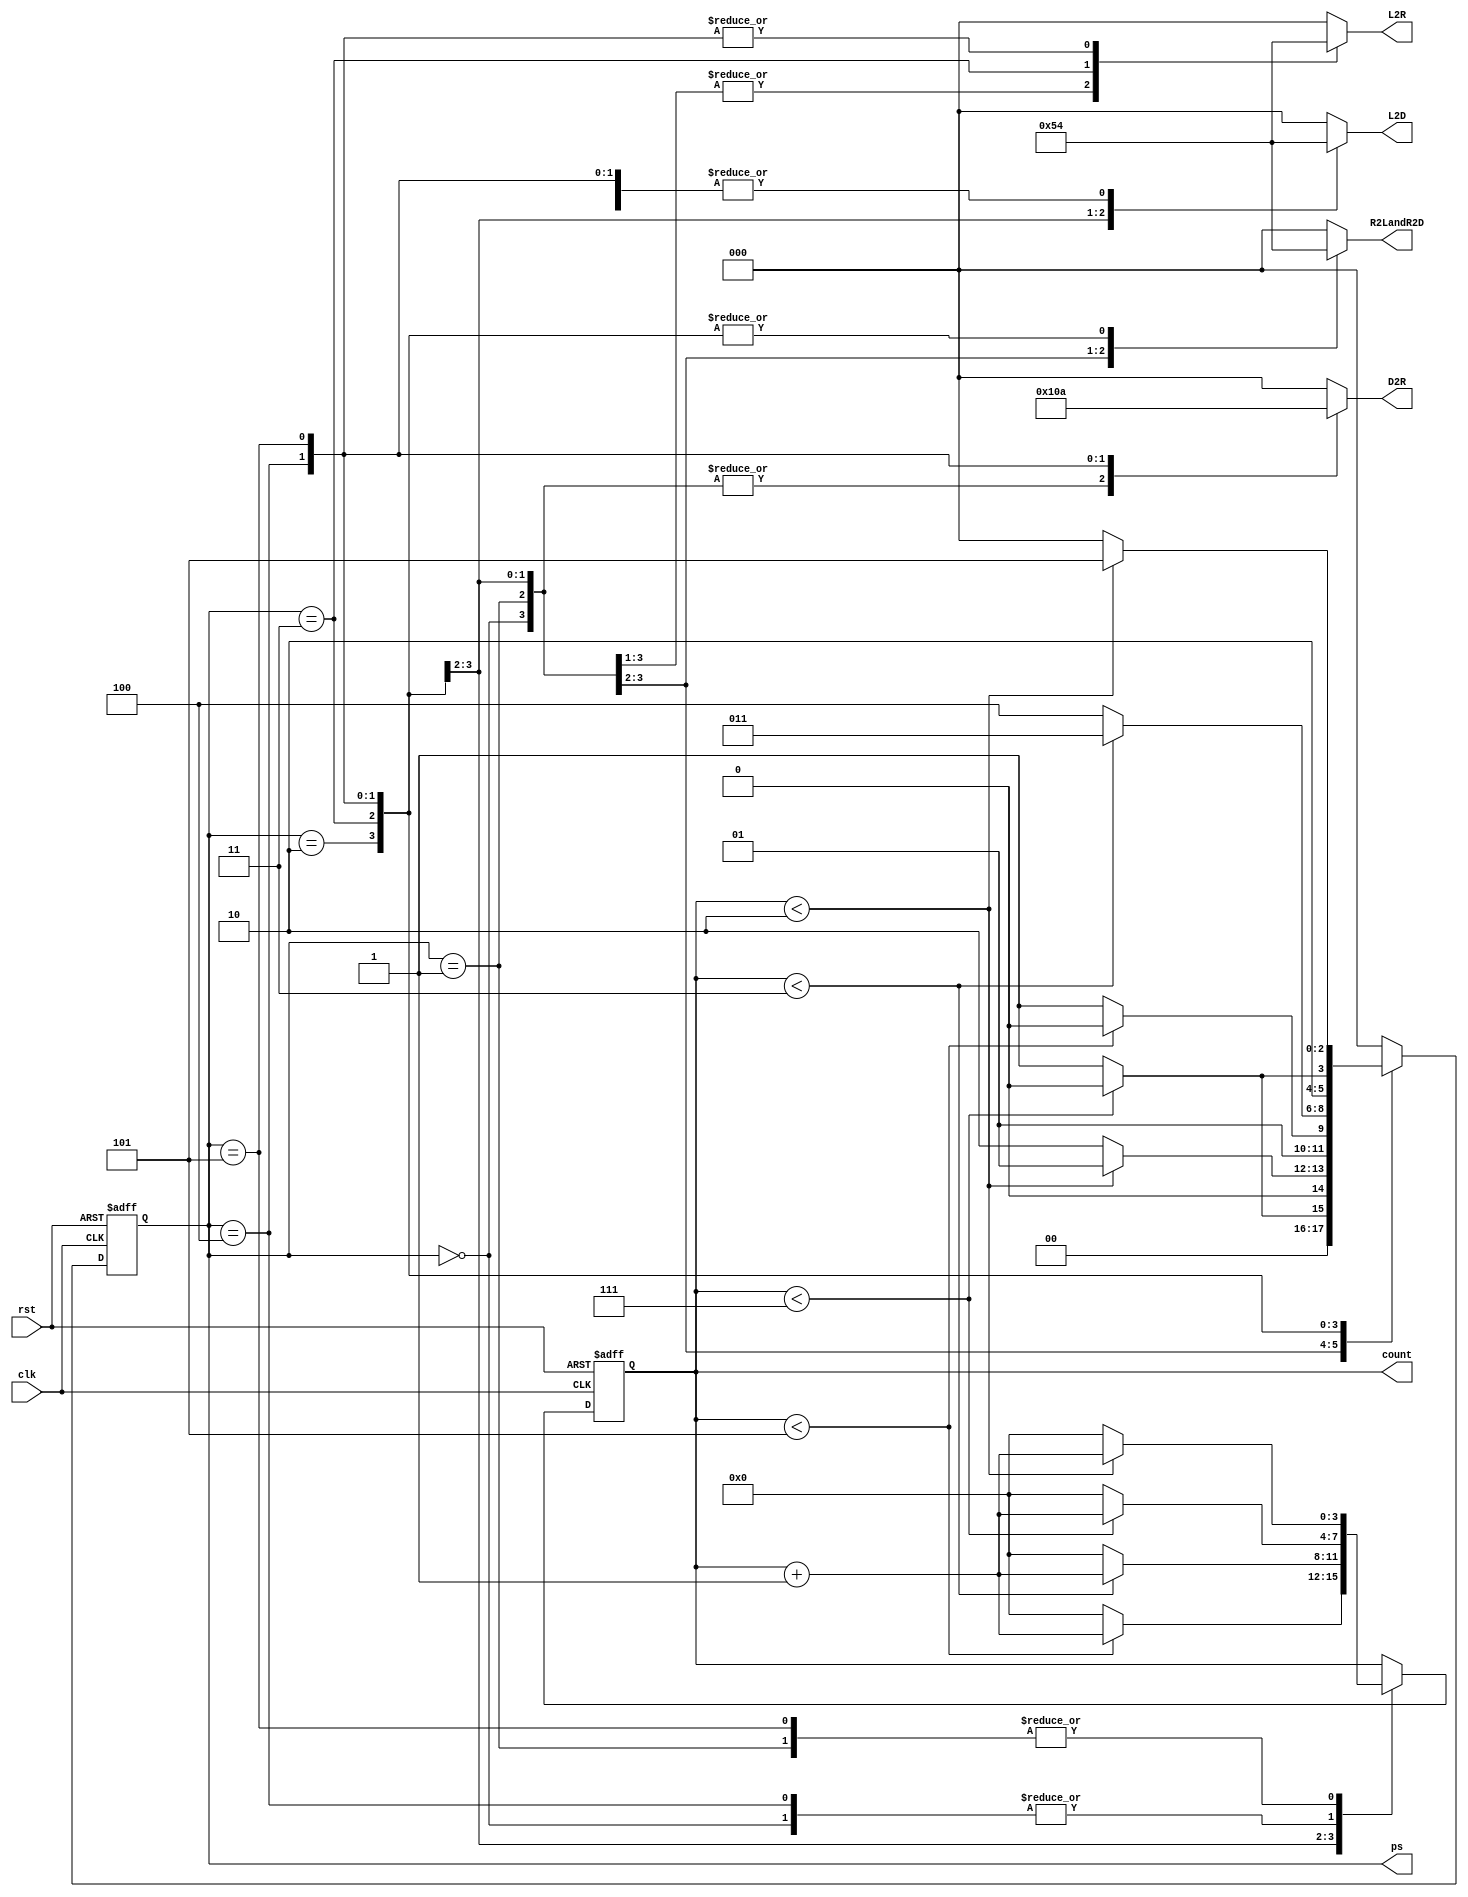
`timescale 1ns / 1ps
//////////////////////////////////////////////////////////////////////////////////
// Company: 
// Engineer: 
// 
// Design Name: 
// Module Name: Traffic_Light_Controller
// Project Name: 
// Target Devices: 
// Tool Versions: 
// Description: 
// 
// Dependencies: 
// 
// Revision:
// Revision 0.01 - File Created
// Additional Comments:
// 
//////////////////////////////////////////////////////////////////////////////////


module Traffic_Light_Controller(


    input clk,rst,
    output reg [2:0]L2R,
    output reg [2:0]D2R,
    output reg [2:0]L2D,
    output reg [2:0]R2LandR2D,
    output reg [3:0]count,
    output reg [2:0]ps
    );
    
    parameter  S1=0, S2=1, S3 =2, S4=3, S5=4,S6=5;
    parameter  TY=7,TYY=5,TR=2,TRR=3;

   
    
    always@(posedge clk or posedge rst)
        begin
        if(rst==1)
        begin
        ps<=S1;
        count<=0;
        end
        else
        
      
       
            
            case(ps)
                S1: if(count<TY)
                        begin
                        ps<=S1;
                        count<=count+1;
                        end
                    else
                        begin
                        ps<=S2;
                        count<=0;
                        end
                S2: if(count<TR)
                        begin
                        ps<=S2;
                        count<=count+1;
                        end

                    else
                        begin
                        ps<=S3;
                        count<=0;
                        end
                S3: if(count<TYY)
                        begin
                        ps<=S3;
                        count<=count+1;
                        end

                    else
                        begin
                        ps<=S4;
                        count<=0;
                        end
                S4:if(count<TRR)
                        begin
                        ps<=S4;
                        count<=count+1;
                        end

                    else
                        begin
                        ps<=S5;
                        count<=0;
                        end
                S5:if(count<TY)
                        begin
                        ps<=S5;
                        count<=count+1;
                        end

                    else
                        begin
                        ps<=S6;
                        count<=0;
                        end

                S6:if(count<TR)
                        begin
                        ps<=S6;
                        count<=count+1;
                        end

                    else
                        begin
                        ps<=S1;
                        count<=0;
                        end
                default: ps<=S1;
                endcase
            end   

            always@(ps)    
            begin
                
                case(ps)
                     
                    S1:
                    begin
                       L2R<=3'b001;
                       R2LandR2D<=3'b001;
                       L2D<=3'b100;
                       D2R<=3'b100;
                    end
                    S2:
                    begin 
                       L2R<=3'b001;
                       R2LandR2D<=3'b010;
                       L2D<=3'b100;
                       D2R<=3'b100;
                    end
                    S3:
                    begin
                       L2R<=3'b001;
                       R2LandR2D<=3'b100;
                       L2D<=3'b001;
                       D2R<=3'b100;
                    end
                    S4:
                    begin
                       L2R<=3'b010;
                       R2LandR2D<=3'b100;
                       L2D<=3'b010;
                       D2R<=3'b100;
                    end
                    S5:
                    begin
                       L2R<=3'b100;
                       R2LandR2D<=3'b100;
                       L2D<=3'b100;
                       D2R<=3'b001;
                    end
                    S6:
                    begin 
                       L2R<=3'b100;
                       R2LandR2D<=3'b100;
                       L2D<=3'b100;
                       D2R<=3'b010;
                    end
                    default:
                    begin 
                       L2R<=3'b000;
                       R2LandR2D<=3'b000;
                       L2D<=3'b000;
                       D2R<=3'b000;
                    end
                    endcase
            end                
              

endmodule